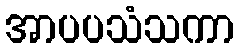
အာပပသံသကာ